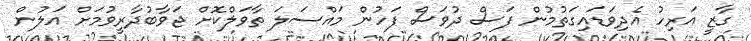
ގާޒީ އަރިހު އެދިވަޑައިގަތުމުން ފަސް ދުވަސް ފަހުން މައްސަލަ ތާވަލްކޮށް ޖަވާބުދާރީވުމަށް އަލުން